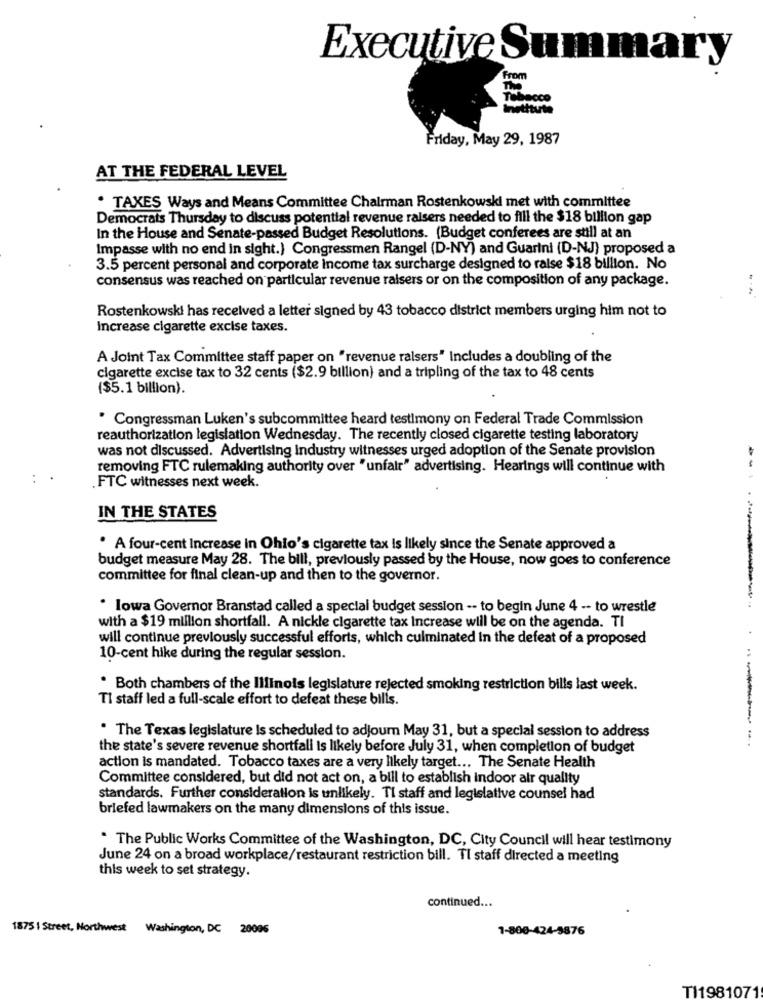
Executive Summary
From
The
Tebecco
institute
Friday, May 29, 1987
AT THE FEDERAL LEVEL
. TAXES Ways and Means Committee Chairman Rostenkowski met with committee
Democrats Thursday to discuss potential revenue raisers needed to fill the $18 billion gap
In the House and Senate-passed Budget Resolutions. (Budget conferees are still at an
Impasse with no end in sight.) Congressmen Rangel (D-NY) and Guarini (D-NJ) proposed a
3.5 percent personal and corporate income tax surcharge designed to raise $18 billion. No
consensus was reached on particular revenue raisers or on the composition of any package.
Rostenkowski has received a letter signed by 43 tobacco district members urging him not to
Increase cigarette excise taxes.
A Joint Tax Committee staff paper on "revenue ralsers" Includes a doubling of the
cigarette excise tax to 32 cents ($2.9 billion) and a tripling of the tax to 48 cents
($5.1 billion).
" Congressman Luken's subcommittee heard testimony on Federal Trade Commission
reauthorization legislation Wednesday. The recently closed cigarette testing laboratory
was not discussed. Advertising Industry witnesses urged adoption of the Senate provision
removing FTC rulemaking authority over "unfair" advertising. Hearings will continue with
. FTC witnesses next week.
IN THE STATES
. A four-cent Increase in Ohio's cigarette tax Is likely since the Senate approved a
budget measure May 28. The bill, previously passed by the House, now goes to conference
committee for final clean-up and then to the governor.
· lowa Governor Branstad called a special budget session -- to begin June 4 -- to wrestle
with a $19 million shortfall. A nickle cigarette tax Increase will be on the agenda. TI
will continue previously successful efforts, which culminated in the defeat of a proposed
10-cent hike during the regular session.
. Both chambers of the Illinois legislature rejected smoking restriction bills last week.
TI staff led a full-scale effort to defeat these bills.
. The Texas legislature Is scheduled to adjourn May 31, but a special session to address
the state's severe revenue shortfall Is likely before July 31, when completion of budget
action is mandated. Tobacco taxes are a very likely target ... The Senate Health
Committee considered, but did not act on, a bill to establish indoor air quality
standards. Further consideration is unlikely. Ti staff and legislative counsel had
briefed lawmakers on the many dimensions of this issue.
. The Public Works Committee of the Washington, DC, City Council will hear testimony
June 24 on a broad workplace/restaurant restriction bill. Tl staff directed a meeting
this week to set strategy.
continued ...
1875 | Street, Northwest Washington, DC 20006
1-800-424-5876
TI1981071